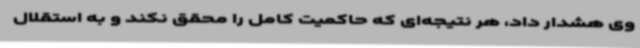
وی هشدار داد، هر نتیجه‌ای که حاکمیت کامل را محقق نکند و به استقلال